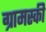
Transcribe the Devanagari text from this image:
ग्रामस्की